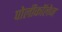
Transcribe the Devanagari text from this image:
पोलीकॉलेज